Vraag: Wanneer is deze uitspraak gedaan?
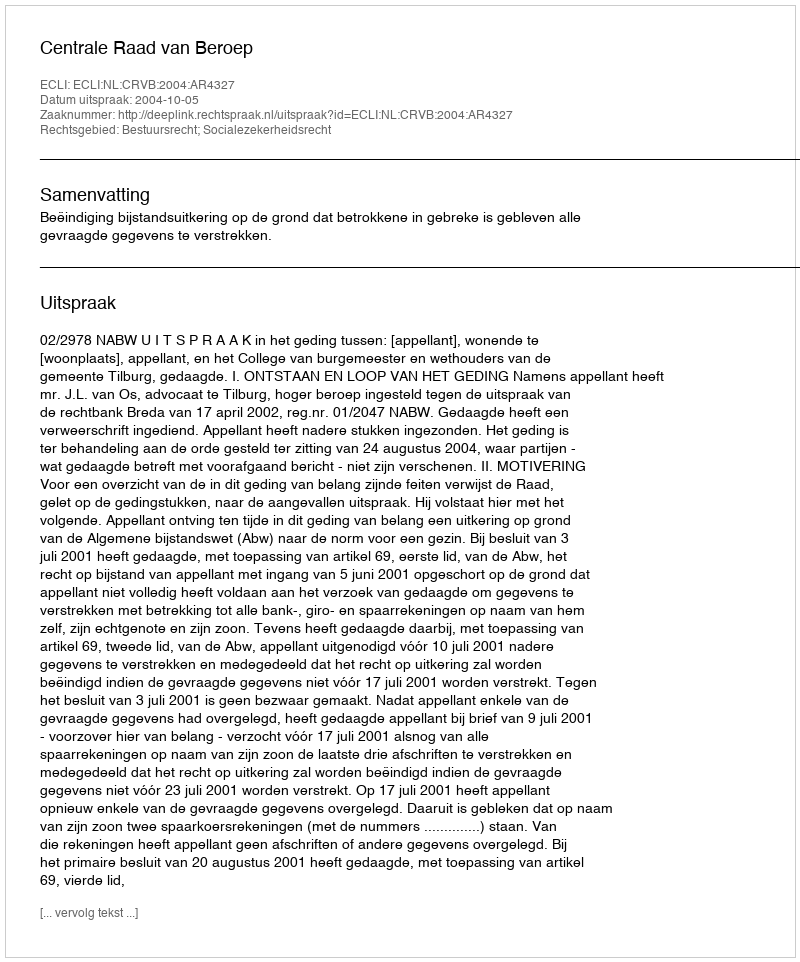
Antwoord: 2004-10-05